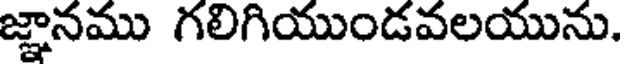
జ్ఞానము గలిగియుండవలయును.